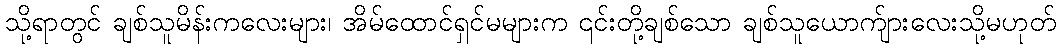
သို့ရာတွင် ချစ်သူမိန်းကလေးများ၊ အိမ်ထောင်ရှင်မများက ၎င်းတို့ချစ်သော ချစ်သူယောက်ျားလေးသို့မဟုတ်